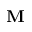
\mathbf { M }